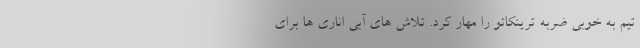
تیم به خوبی ضربه ترینکائو را مهار کرد. تلاش های آبی اناری ها برای